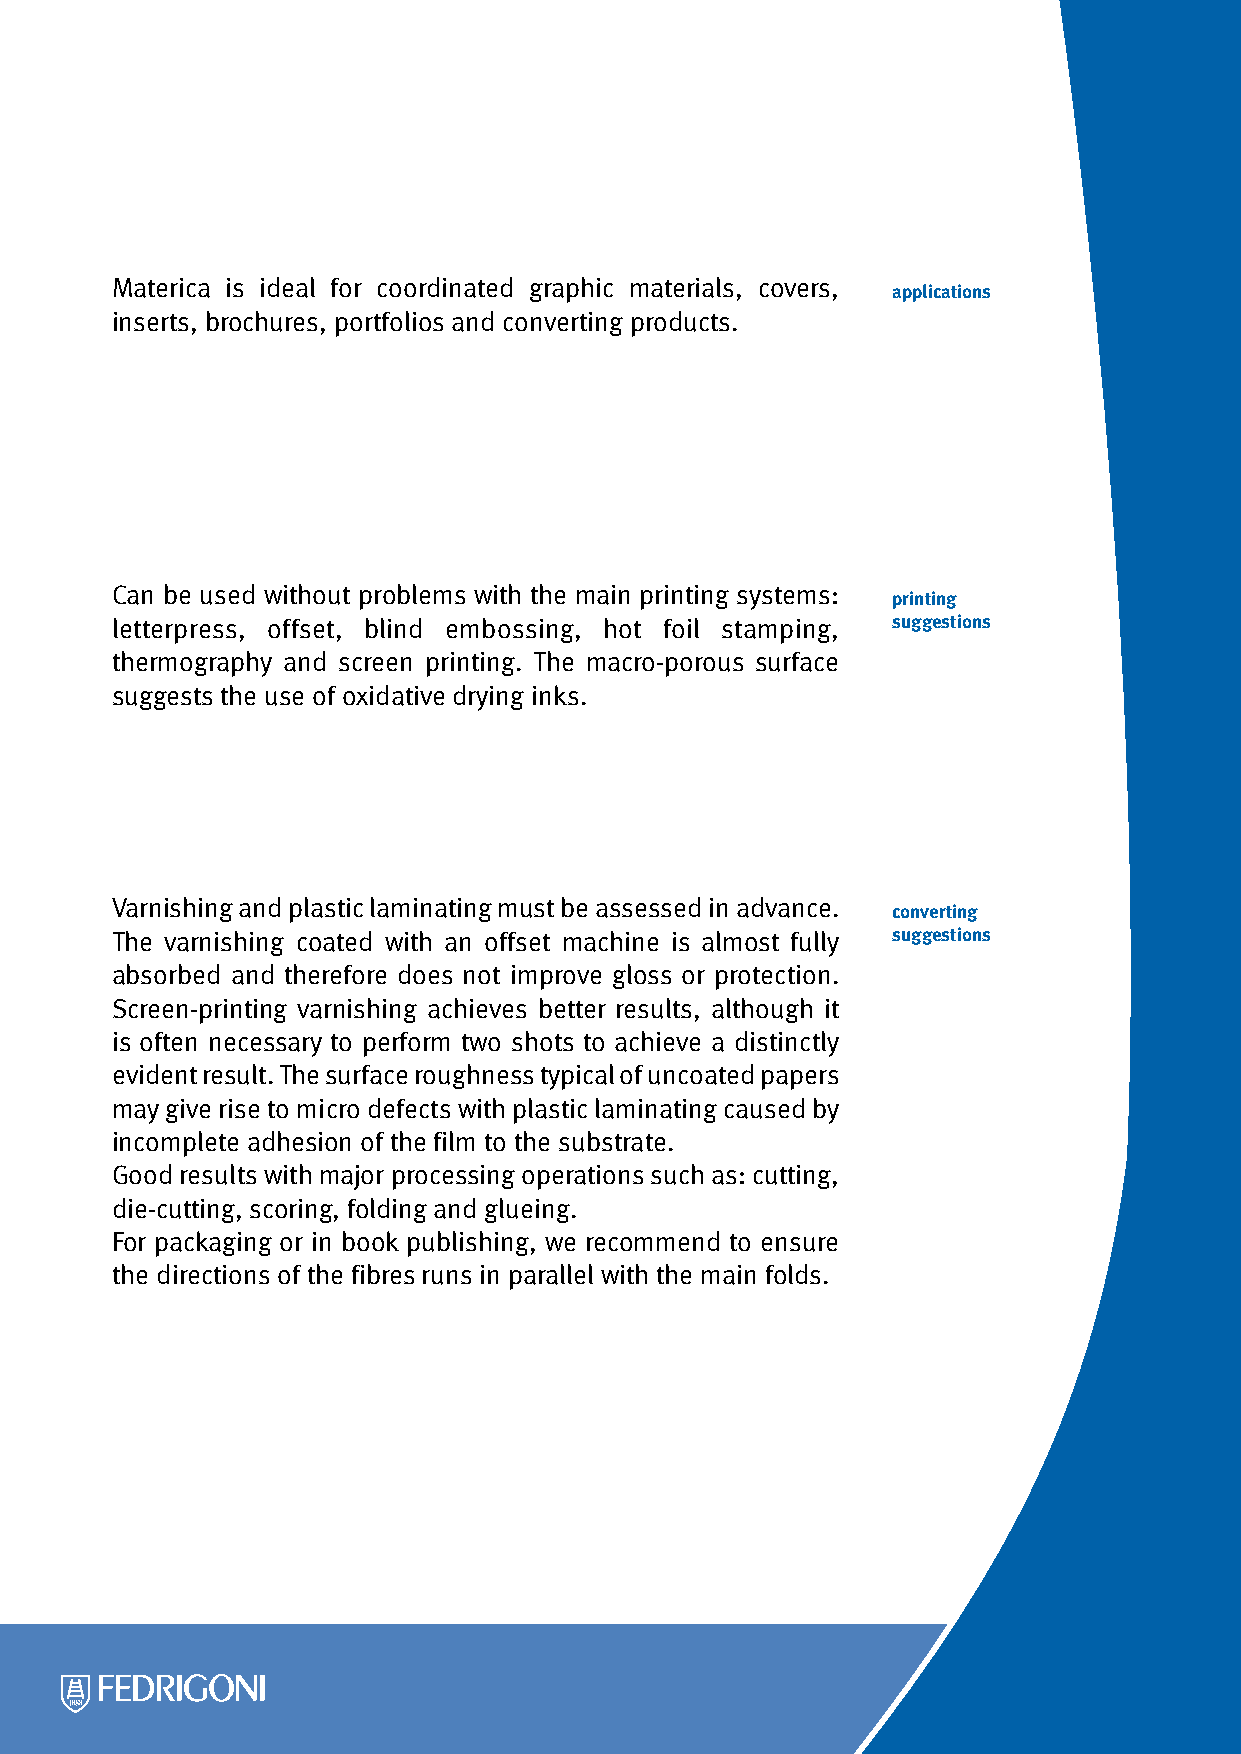
Materica is ideal for coordinated graphic materials, covers,
 applications
 inserts, brochures, portfolios and converting products.
 Can be used without problems with the main printing systems:
 printing
 letterpress, offset, blind embossing, hot foil stamping, suggestions
 thermography and screen printing. The macro-porous surface
 suggests the use of oxidative drying inks.
 Varnishing and plastic laminating must be assessed in advance.
 converting
 The varnishing coated with an offset machine is almost fully suggestions
 absorbed and therefore does not improve gloss or protection.
 Screen-printing varnishing achieves better results, although it
 is often necessary to perform two shots to achieve a distinctly
 evident result. The surface roughness typical of uncoated papers
 may give rise to micro defects with plastic laminating caused by
 incomplete adhesion of the film to the substrate.
 Good results with major processing operations such as: cutting,
 die-cutting, scoring, folding and glueing.
 For packaging or in book publishing, we recommend to ensure
 the directions of the fibres runs in parallel with the main folds.